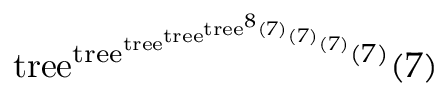
\mathrm { t r e e } ^ { \mathrm { t r e e } ^ { \mathrm { t r e e } ^ { \mathrm { t r e e } ^ { \mathrm { t r e e } ^ { 8 } ( 7 ) } ( 7 ) } ( 7 ) } ( 7 ) } ( 7 )